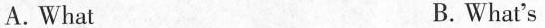
A. What B. What's